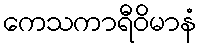
ကေသကာရီဝိမာနံ